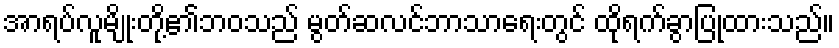
အာရပ်လူမျိုးတို့၏ဘဝသည် မွတ်ဆလင်ဘာသာရေးတွင် ထိုရက်ခွာပြုထားသည်။